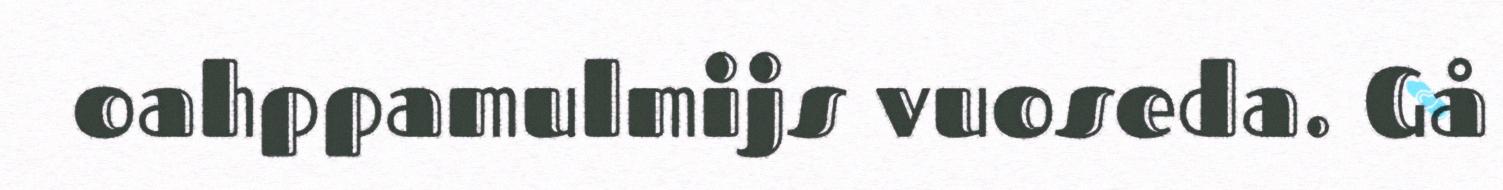
oahppamulmijs vuoseda. Gå